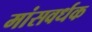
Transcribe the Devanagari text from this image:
मांसवर्धक